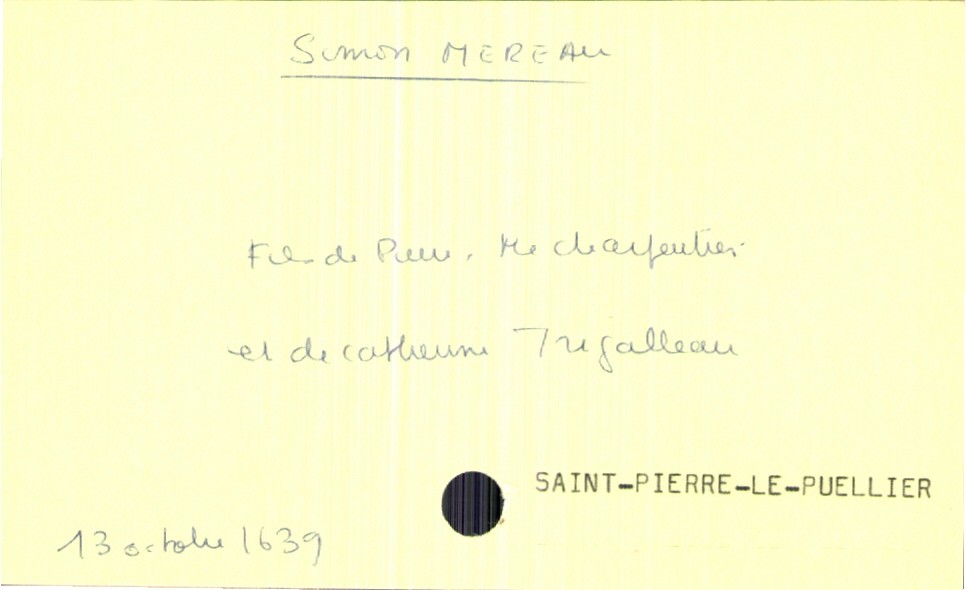
type_acte: Baptême
filiation: fils
enfant_prénom: Simon
enfant_date_de_naissance: 13 octobre 1639
enfant_lieu_de_naissance: Saint-Pierre-le-Puellier
père_enfant_nom: Mereau
père_enfant_prénom: Pierre
père_enfant_profession: maitre charpentier
mère_enfant_nom: Trigalleau
mère_enfant_prénom: Catherine